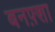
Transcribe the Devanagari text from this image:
बनफ़्शा